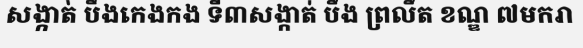
សង្កាត់ បឹងកេងកង ទី៣សង្កាត់ បឹង ព្រលឹត ខណ្ឌ ៧មករា